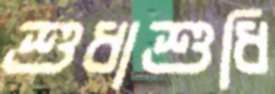
শুধাশুধি